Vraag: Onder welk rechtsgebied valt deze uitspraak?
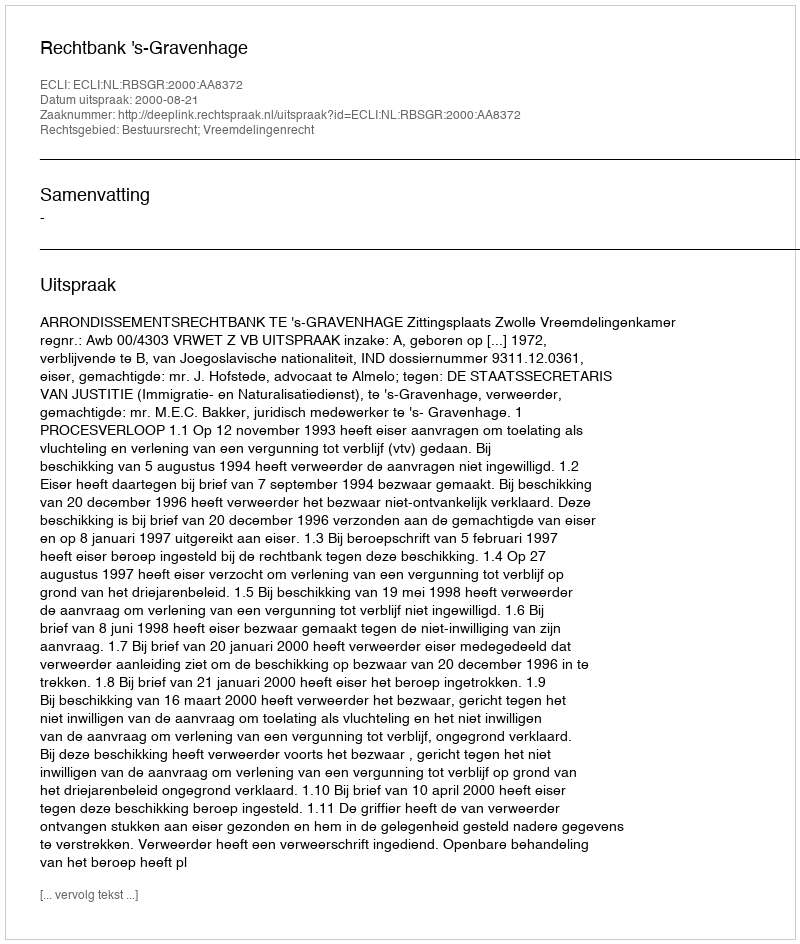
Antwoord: Bestuursrecht; Vreemdelingenrecht